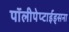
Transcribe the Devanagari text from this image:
पॉलीपेप्टाईड्सना